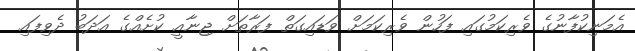
އެމަނިކުފާނުގެ ވެރިކަމުގައި ފަހުން ވެރިކަމަށް ވަޑައިގަތް ފަރާތަށް ޖިނާއީ ކުށެއްގެ އަދަބު ދެވިފައި